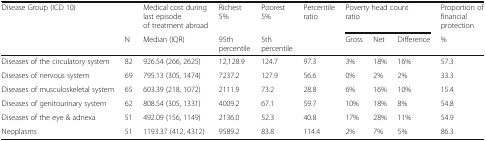
<table><thead><tr><td rowspan="2"><b>Disease Group (ICD 10)</b></td><td></td><td><b>Medical cost during last episode of treatment abroad</b></td><td><b>Richest 5%</b></td><td><b>Poorest 5%</b></td><td rowspan="2"><b>Percentile ratio</b></td><td colspan="3"><b>Poverty head count ratio</b></td><td><b>Proportion of financial protection</b></td></tr><tr><td><b>N</b></td><td><b>Median (IQR)</b></td><td><b>95th percentile</b></td><td><b>5th percentile</b></td><td><b>Gross</b></td><td><b>Net</b></td><td><b>Difference</b></td><td><b>%</b></td></tr></thead><tbody><tr><td>Diseases of the circulatory system</td><td>82</td><td>926.54 (266, 2625)</td><td>12,128.9</td><td>124.7</td><td>97.3</td><td>3%</td><td>18%</td><td>16%</td><td>57.3</td></tr><tr><td>Diseases of nervous system</td><td>69</td><td>795.13 (305, 1474)</td><td>7237.2</td><td>127.9</td><td>56.6</td><td>0%</td><td>2%</td><td>2%</td><td>33.3</td></tr><tr><td>Diseases of musculoskeletal system</td><td>65</td><td>603.39 (218, 1072)</td><td>2111.9</td><td>73.2</td><td>28.8</td><td>6%</td><td>16%</td><td>10%</td><td>15.4</td></tr><tr><td>Diseases of genitourinary system</td><td>62</td><td>808.54 (305, 1331)</td><td>4009.2</td><td>67.1</td><td>59.7</td><td>10%</td><td>18%</td><td>8%</td><td>54.8</td></tr><tr><td>Diseases of the eye &amp; adnexa</td><td>51</td><td>492.09 (156, 1149)</td><td>2136.0</td><td>52.3</td><td>40.8</td><td>17%</td><td>28%</td><td>11%</td><td>54.9</td></tr><tr><td>Neoplasms</td><td>51</td><td>1193.37 (412, 4312)</td><td>9589.2</td><td>83.8</td><td>114.4</td><td>2%</td><td>7%</td><td>5%</td><td>86.3</td></tr></tbody></table>